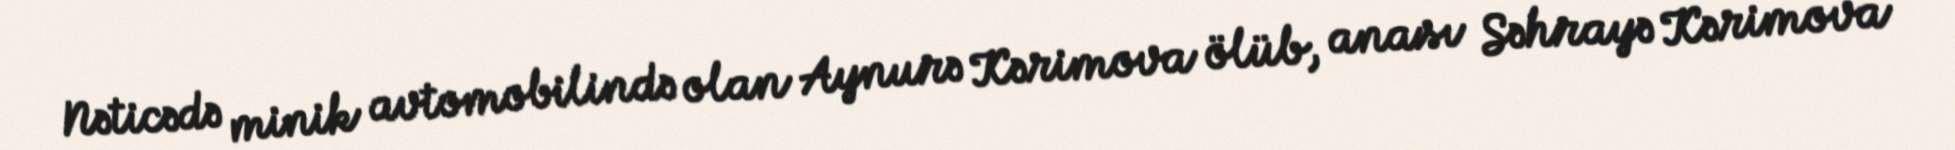
Nəticədə minik avtomobilində olan Aynurə Kərimova ölüb, anası Səhrayə Kərimova